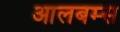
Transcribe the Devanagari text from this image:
आलबम्स